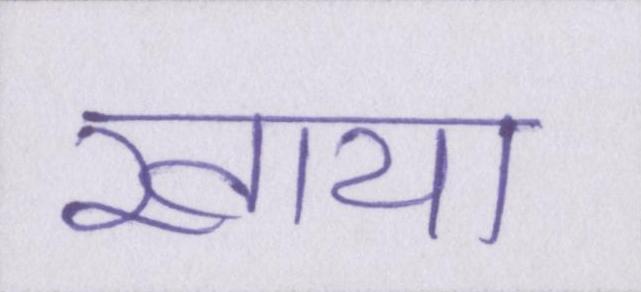
खाया